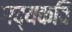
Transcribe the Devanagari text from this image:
गद्यकवि